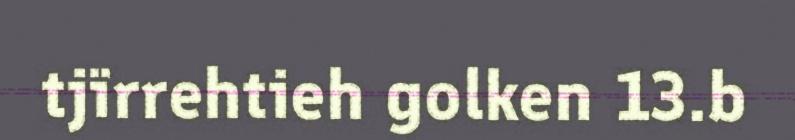
tjïrrehtieh golken 13.b